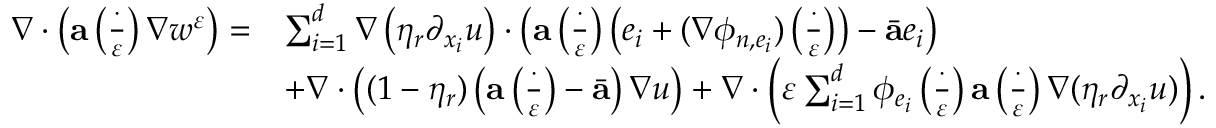
\begin{array} { r l } { \nabla \cdot \left( \mathbf { a } \left( \frac { \cdot } { \varepsilon } \right) \nabla w ^ { \varepsilon } \right) = } & { \sum _ { i = 1 } ^ { d } \nabla \left( \eta _ { r } \partial _ { x _ { i } } u \right) \cdot \left( \mathbf { a } \left( \frac { \cdot } { \varepsilon } \right) \left( e _ { i } + ( \nabla \phi _ { n , e _ { i } } ) \left( \frac { \cdot } { \varepsilon } \right) \right) - \bar { \mathbf { a } } e _ { i } \right) } \\ & { + \nabla \cdot \left( ( 1 - \eta _ { r } ) \left( \mathbf { a } \left( \frac { \cdot } { \varepsilon } \right) - \bar { \mathbf { a } } \right) \nabla u \right) + \nabla \cdot \left( \varepsilon \sum _ { i = 1 } ^ { d } \phi _ { e _ { i } } \left( \frac { \cdot } { \varepsilon } \right) \mathbf { a } \left( \frac { \cdot } { \varepsilon } \right) \nabla ( \eta _ { r } \partial _ { x _ { i } } u ) \right) . } \end{array}